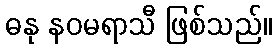
ဓနု နဝမရာသီ ဖြစ်သည်။